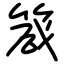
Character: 箴